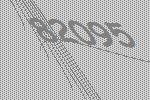
82095